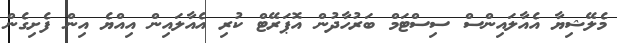
މެލޭޝިޔާ އެއާލައިންސް ސިސްޓަމް ބަރުހާދުން އޮޕަރޭޓް ކުރި އެއާލައިން އިއްޔެ އިން ފެށިގެން